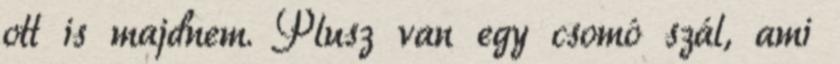
ott is majdnem. Plusz van egy csomó szál, ami